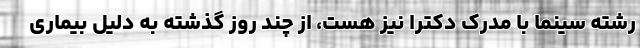
رشته سینما با مدرک دکترا نیز هست، از چند روز گذشته به دلیل بیماری